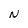
Character: N